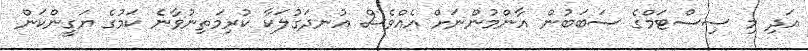
އަދި މި ސިސްޓަމްގެ ސަބަބުން އާންމުންނަށް އެއްވެސް އުނދަގުލަކާ ކުރިމަތިނުވާނެ ކަމުގެ ޔަގީންކަން